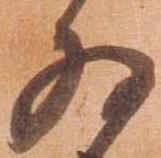
為